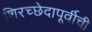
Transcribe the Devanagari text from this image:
शिरच्छेदापूर्वीची